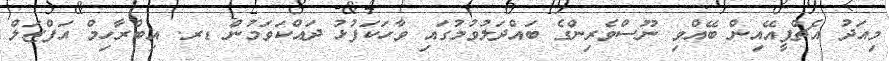
މިއަދު އެޗްޕީއޭއިން ބޭއްވި ނޫސްވެރިންގެ ބައްދަލުވުމުގައި ވާހަކަފުޅު ދައްކަވަމުން ޑރ. އިބްރާހިމް އަފްޒަލް